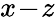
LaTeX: x\! -\! z